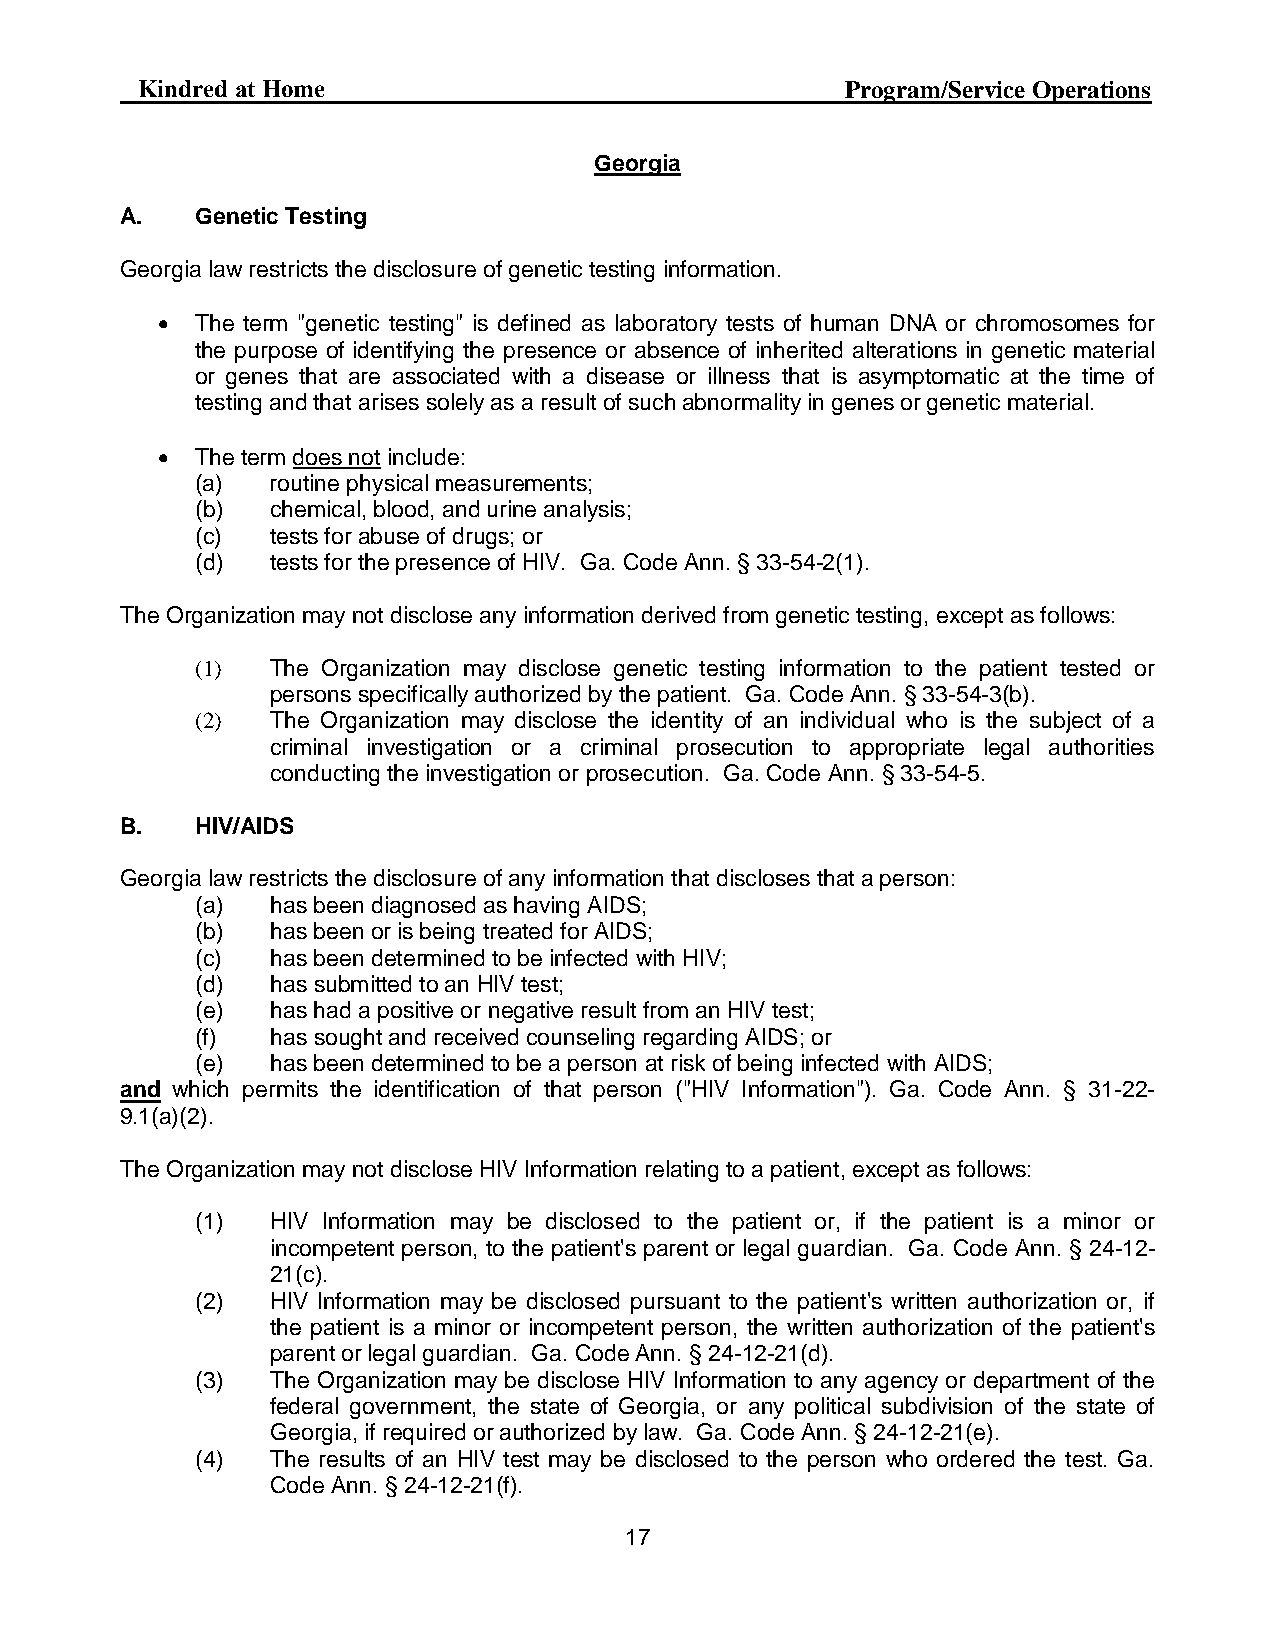
Curo Health Services                            Program/Service Operations
 Georgia
 A.   Genetic Testing
 Georgia law restricts the disclosure of genetic testing information.
   The term "genetic testing" is defined as laboratory tests of human DNA or chromosomes for
 the purpose of identifying the presence or absence of inherited alterations in genetic material
 or genes that are associated with a disease or illness that is asymptomatic at the time of
 testing and that arises solely as a result of such abnormality in genes or genetic material.
   The term does not include:
 (a)  routine physical measurements;
 (b)  chemical, blood, and urine analysis;
 (c)  tests for abuse of drugs; or
 (d)  tests for the presence of HIV. Ga. Code Ann. § 33-54-2(1).
 The Organization may not disclose any information derived from genetic testing, except as follows:
 (1)  The Organization may disclose genetic testing information to the patient tested or
 persons specifically authorized by the patient. Ga. Code Ann. § 33-54-3(b).
 (2)  The Organization may disclose the identity of an individual who is the subject of a
 criminal investigation or a criminal prosecution to appropriate legal authorities
 conducting the investigation or prosecution. Ga. Code Ann. § 33-54-5.
 B.   HIV/AIDS
 Georgia law restricts the disclosure of any information that discloses that a person:
 (a)  has been diagnosed as having AIDS;
 (b)  has been or is being treated for AIDS;
 (c)  has been determined to be infected with HIV;
 (d)  has submitted to an HIV test;
 (e)  has had a positive or negative result from an HIV test;
 (f)  has sought and received counseling regarding AIDS; or
 (e)  has been determined to be a person at risk of being infected with AIDS;
 and which permits the identification of that person ("HIV Information"). Ga. Code Ann. § 31-22-
 9.1(a)(2).
 The Organization may not disclose HIV Information relating to a patient, except as follows:
 (1)  HIV Information may be disclosed to the patient or, if the patient is a minor or
 incompetent person, to the patient's parent or legal guardian. Ga. Code Ann. § 24-12-
 21(c).
 (2)  HIV Information may be disclosed pursuant to the patient's written authorization or, if
 the patient is a minor or incompetent person, the written authorization of the patient's
 parent or legal guardian. Ga. Code Ann. § 24-12-21(d).
 (3)  The Organization may be disclose HIV Information to any agency or department of the
 federal government, the state of Georgia, or any political subdivision of the state of
 Georgia, if required or authorized by law. Ga. Code Ann. § 24-12-21(e).
 (4)  The results of an HIV test may be disclosed to the person who ordered the test. Ga.
 Code Ann. § 24-12-21(f).
 17